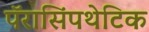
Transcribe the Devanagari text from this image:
पॅरासिंपथेटिक